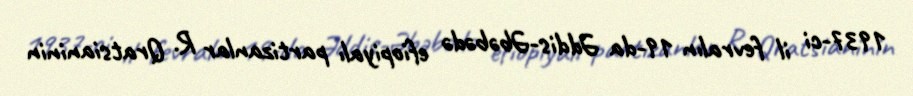
1937-ci il fevralın 19-da Əddis-Əbəbədə efiopiyalı partizanlar R. Qratsianinin